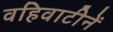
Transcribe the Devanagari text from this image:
वहिवाटीनें